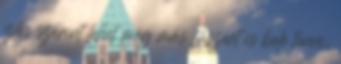
ízlés szerint lehet még más fűszert is bele tenni,